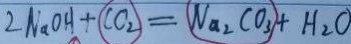
2 N a O H + C O _ { 2 } = N a _ { 2 } C O _ { 3 } + H _ { 2 } O